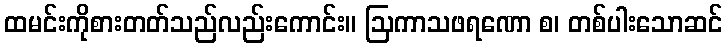
ထမင်းကိုစားတတ်သည်လည်းကောင်း။ ဩကာသဖရဏော စ၊ တစ်ပါးသောဆင်